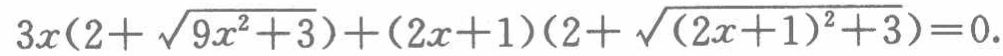
\(3x(2 + \sqrt{9x^{2}+3})+(2x + 1)(2+\sqrt{(2x + 1)^{2}+3}) = 0\)